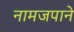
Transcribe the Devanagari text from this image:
नामजपाने